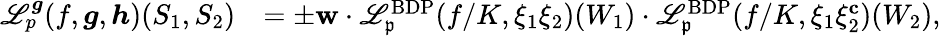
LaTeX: \begin{array}{rl}{\mathscr{L}_{p}^{{\boldsymbol{g}}}(f,{\boldsymbol{g}},{\boldsymbol{h}})(S_{1},S_{2})}&{=\pm\mathbf{w}\cdot\mathscr{L}_{\mathfrak{p}}^{\mathrm{BDP}}(f/K,\xi_{1}\xi_{2})(W_{1})\cdot\mathscr{L}_{\mathfrak{p}}^{\mathrm{BDP}}(f/K,\xi_{1}\xi_{2}^{\mathbf{c}})(W_{2}),}\end{array}